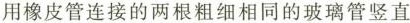
用橡皮管连接的两根粗细相同的玻璃管竖直